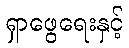
ရှာဖွေရေးနှင့်